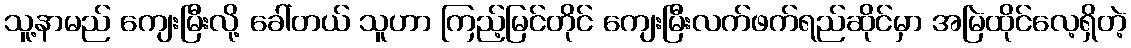
သူ့နာမည် ကျေးမြီးလို့ ခေါ်တယ် သူဟာ ကြည့်မြင်တိုင် ကျေးမြီးလက်ဖက်ရည်ဆိုင်မှာ အမြဲထိုင်လေ့ရှိတဲ့